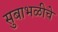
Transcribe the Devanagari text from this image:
सुबाभळीचे